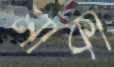
মাকা